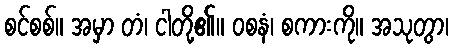
စင်စစ်။ အမှာ တံ၊ ငါတို့၏။ ဝစနံ၊ စကားကို။ အသုတွာ၊